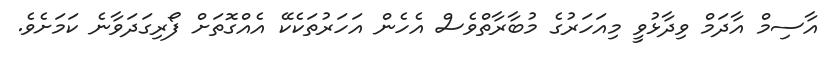
އާސިމް އާދަމް ވިދާޅުވީ މިއަހަރުގެ މުބާރާތްވެސް އެހެން އަހަރުތަކެކޭ އެއްގޮތަށް ފޯރިގަދަވާނެ ކަމަށެވެ.